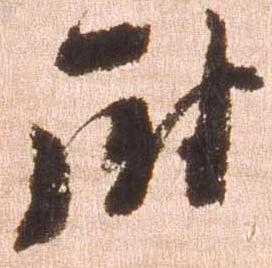
尉